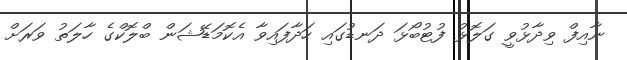
ނާއިފް ވިދާޅުވީ ގަލޮޅު ފުޓުބޯޅަ ދަނޑުގައި ހަދާފައިވާ އެކޮމަޑޭޝަން ބްލޮކްގެ ހާލަތު ވަރަށް